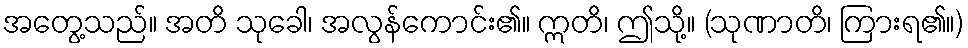
အတွေ့သည်။ အတိ သုခေါ၊ အလွန်ကောင်း၏။ ဣတိ၊ ဤသို့။ (သုဏာတိ၊ ကြားရ၏။)